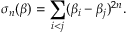
\sigma _ { n } ( \beta ) = \sum _ { i < j } ( \beta _ { i } - \beta _ { j } ) ^ { 2 n } .